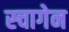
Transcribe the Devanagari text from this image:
स्चागेन